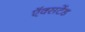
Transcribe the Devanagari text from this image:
ऍक्सटेंड